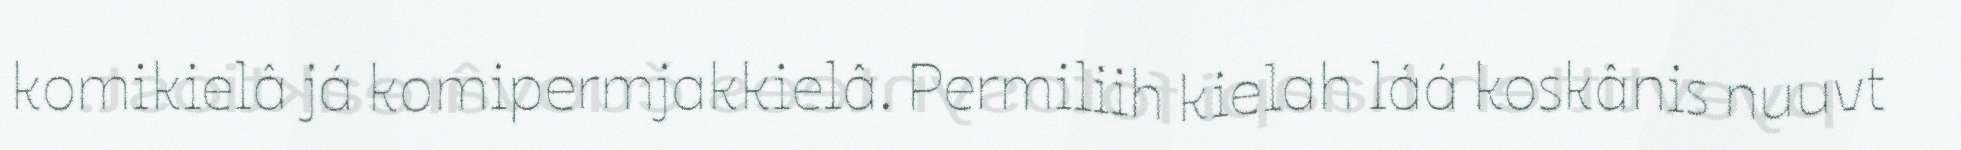
komikielâ já komipermjakkielâ. Permiliih kielah láá koskânis nuuvt